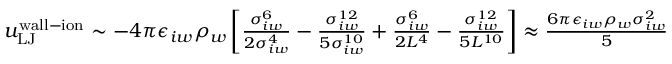
\begin{array} { r } { u _ { \mathrm { L J } } ^ { \mathrm { w a l l - i o n } } \sim - 4 \pi \epsilon _ { i w } \rho _ { w } \left[ \frac { \sigma _ { i w } ^ { 6 } } { 2 \sigma _ { i w } ^ { 4 } } - \frac { \sigma _ { i w } ^ { 1 2 } } { 5 \sigma _ { i w } ^ { 1 0 } } + \frac { \sigma _ { i w } ^ { 6 } } { 2 L ^ { 4 } } - \frac { \sigma _ { i w } ^ { 1 2 } } { 5 L ^ { 1 0 } } \right] \approx \frac { 6 \pi \epsilon _ { i w } \rho _ { w } \sigma _ { i w } ^ { 2 } } { 5 } } \end{array}